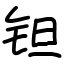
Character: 钽